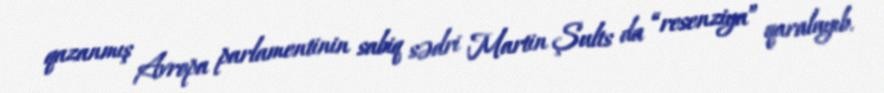
qazanmış Avropa parlamentinin sabiq sədri Martin Şults da “resenziya” qaralayıb.